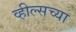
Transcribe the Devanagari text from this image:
व्हील्सच्या